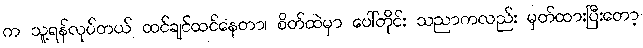
က သူ့ရန်လုပ်တယ် ထင်ချင်ထင်နေတာ၊ စိတ်ထဲမှာ ပေါ်တိုင်း သညာကလည်း မှတ်ထားပြီးတော့